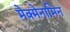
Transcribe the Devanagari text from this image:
मेक्मेनामिन